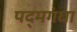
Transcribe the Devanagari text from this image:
पद्‌मगंधा